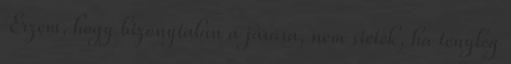
Érzem, hogy bizonytalan a járása, nem sietek, ha tényleg